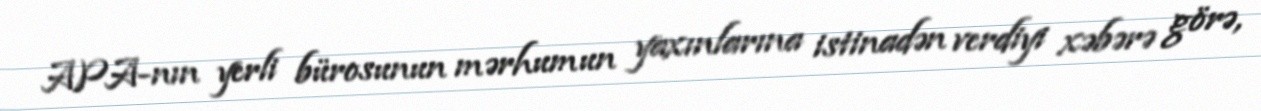
APA-nın yerli bürosunun mərhumun yaxınlarına istinadən verdiyi xəbərə görə,